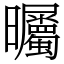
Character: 曯